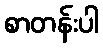
စာတန်းပါ